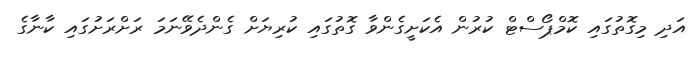
އަދި މިގޮތުގައި ކޮމްޕޯސްޓް ކުރުން އެކަށީގެންވާ ގޮތުގައި ކުރިޔަށް ގެންދެވޭނަމަ ރަށްރަށުގައި ކާނާގެ